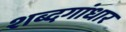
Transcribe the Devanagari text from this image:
शब्दगांधार